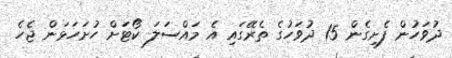
ދުވަހުން ފެށިގެން 15 ދުވަހުގެ ތެރޭގައި އެ މައްސަލަ ކޯޓަށް ހުށަހަޅަން ޖެހެ